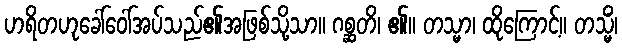
ဟရိတဟုခေါ်ဝေါ်အပ်သည်၏အဖြစ်သို့သာ။ ဂစ္ဆတိ၊ ၏။ တသ္မာ၊ ထိုကြောင့်။ တသ္မိံ၊